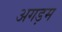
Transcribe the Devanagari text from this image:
अगड़म